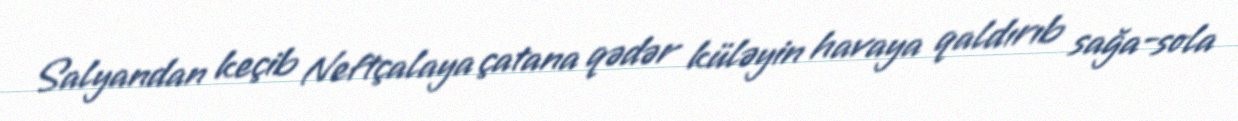
Salyandan keçib Neftçalaya çatana qədər küləyin havaya qaldırıb sağa-sola